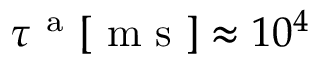
\tau ^ { \mathrm { ~ a ~ } } [ \mathrm { ~ m ~ s ~ } ] \approx 1 0 ^ { 4 }